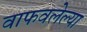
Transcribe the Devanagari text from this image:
वाफवलेल्या